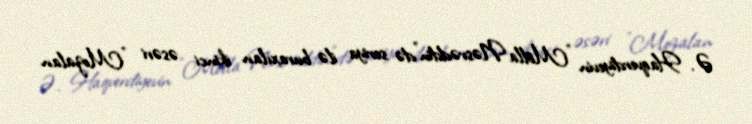
Ə. Haqverdiyevin "Molla Nəsrəddin"də seriya ilə buraxılan ikinci əsəri "Mozalan